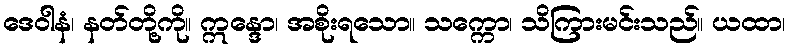
ဒေဝါနံ၊ နတ်တို့ကို။ ဣန္ဒော၊ အစိုးရသော။ သက္ကော၊ သိကြားမင်းသည်။ ယထာ၊